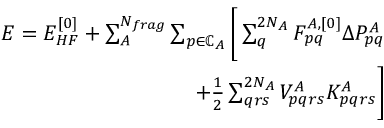
\begin{array} { r } { E = E _ { H F } ^ { [ 0 ] } + \sum _ { A } ^ { N _ { f r a g } } \sum _ { p \in \mathbb { C } _ { A } } \Bigg [ \sum _ { q } ^ { 2 N _ { A } } F _ { p q } ^ { A , [ 0 ] } \Delta P _ { p q } ^ { A } } \\ { + \frac { 1 } { 2 } \sum _ { q r s } ^ { 2 N _ { A } } V _ { p q r s } ^ { A } K _ { p q r s } ^ { A } \Bigg ] } \end{array}